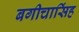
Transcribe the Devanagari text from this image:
बगीचासिंह